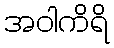
အဝါကိရိ